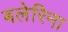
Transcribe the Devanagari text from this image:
बलेरिना